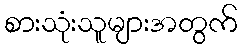
စားသုံးသူများအတွက်